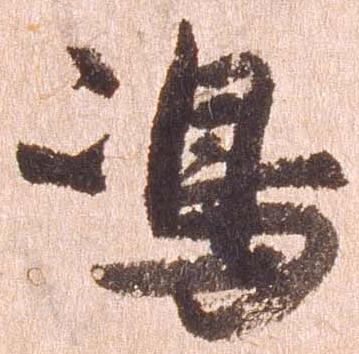
島